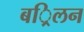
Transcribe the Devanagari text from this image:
बर्िलन